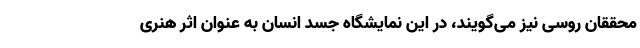
محققان روسی نیز می‌گویند، در این نمایشگاه جسد انسان به عنوان اثر هنری